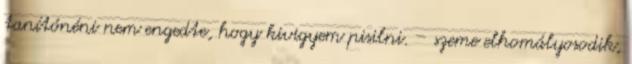
tanítónéni nem engedte, hogy kivigyem pisilni. – szeme elhomályosodik,